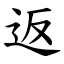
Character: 返